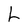
Character: L